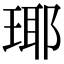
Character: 瑘